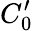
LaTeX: C_{0}^{\prime}